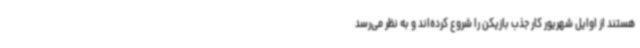
هستند از اوایل شهریور کار جذب بازیکن را شروع کرده‌اند و به نظر می‌رسد